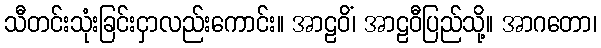
သီတင်းသုံးခြင်းငှာလည်းကောင်း။ အာဠဝိံ၊ အာဠဝီပြည်သို့။ အာဂတော၊